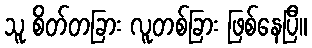
သူ စိတ်တခြား လူတစ်ခြား ဖြစ်နေပြီ။